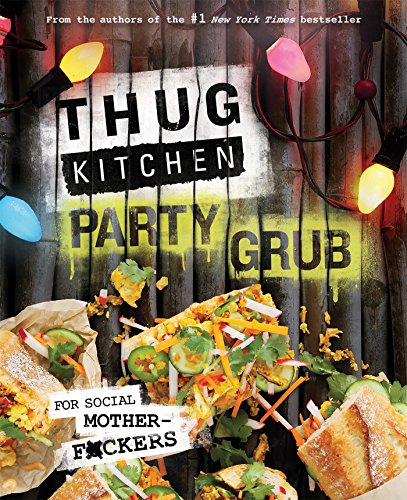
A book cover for Thug Kitchen Party Grub: For Social Motherf*ckers; Thug Kitchen; Cookbooks, Food & Wine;